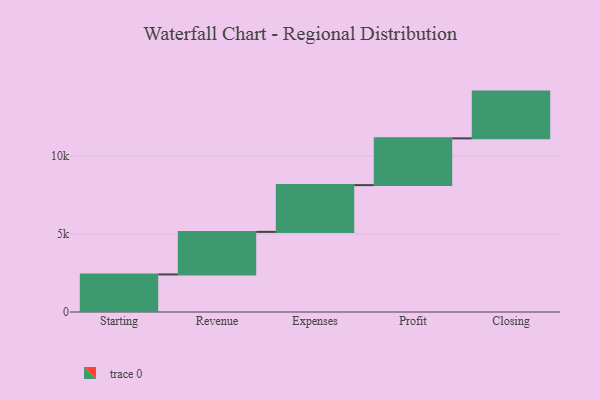
{"axis": {"x": "Step", "y": "Value"}, "legend": [""], "data": [{"x": "Starting", "y": 2410.0, "type": ""}, {"x": "Revenue", "y": 2730.0, "type": ""}, {"x": "Expenses", "y": 3000, "type": ""}, {"x": "Profit", "y": 3000, "type": ""}, {"x": "Closing", "y": 3000, "type": ""}]}